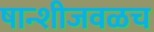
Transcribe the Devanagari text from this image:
षान्शीजवळच